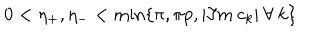
LaTeX: 0 < \eta _ { + } , \eta _ { - } < \min \{ \pi , \pi p , | \Im m \: c _ { k } | \: \forall \: k \}